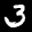
Label: 3